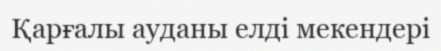
Қарғалы ауданы елді мекендері